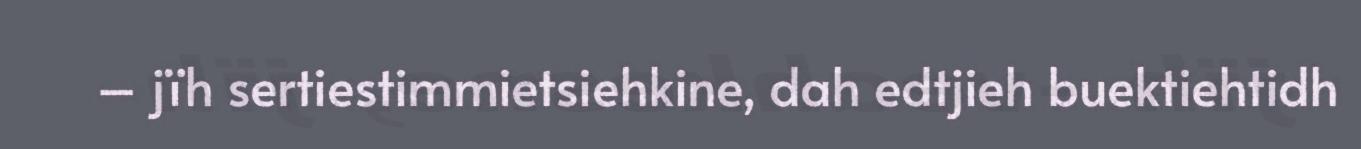
– jïh sertiestimmietsiehkine, dah edtjieh buektiehtidh